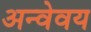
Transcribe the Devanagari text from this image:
अन्वेवय